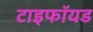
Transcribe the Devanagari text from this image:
टाइफॉयड